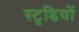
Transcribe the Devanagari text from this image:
स्टुडियों